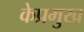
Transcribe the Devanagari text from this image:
केप्रमुख